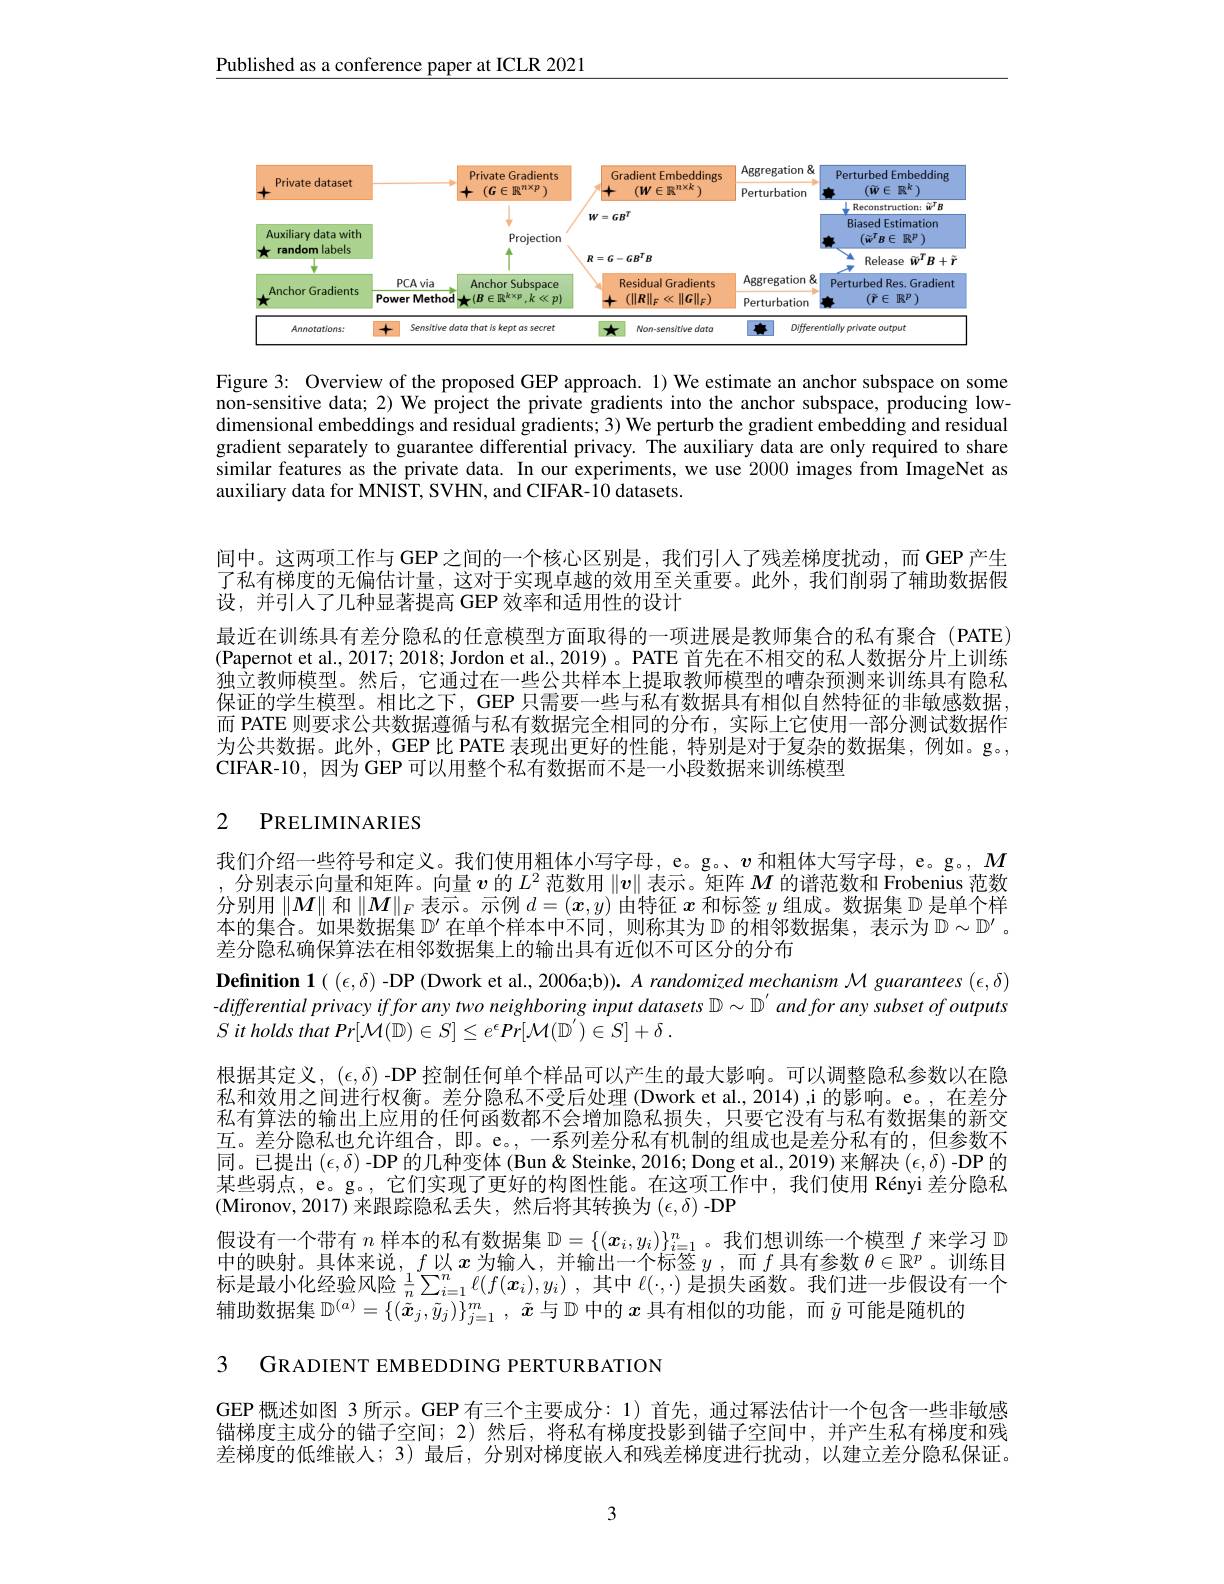
Published as a conference paper at ICLR 2021

<FigureHere>

Figure 3: Overview of the proposed GEP approach. 1) We estimate an anchor subspace on some non-sensitive data; 2) We project the private gradients into the anchor subspace, producing lowdimensional embeddings and residual gradients; 3) We perturb the gradient embedding and residual gradient separately to guarantee differential privacy. The auxiliary data are only required to share similar features as the private data. In our experiments, we use 2000 images from ImageNet as auxiliary data for MNIST, SVHN, and CIFAR-10 datasets.

间中。这两项工作与 GEP 之间的一个核心区别是，我们引人了残差梯度扰动，而 GEP 产生了私有梯度的无偏估计量，这对于实现卓越的效用至关重要。此外，我们削弱了辅助数据假设，并引人了几种显著提高 GEP 效率和适用性的设计
最近在训练具有差分隐私的任意模型方面取得的一项进展是教师集合的私有聚合(PATE) (Papernot et al., 2017; 2018; Jordon et al., 2019)。PATE 首先在不相交的私人数据分片上训练独立教师模型。然后，它通过在一些公共样本上提取教师模型的嘈杂预测来训练具有隐私保证的学生模型。相比之下，GEP 只需要一些与私有数据具有相似自然特征的非敏感数据， 而 PATE 则要求公共数据遵循与私有数据完全相同的分布，实际上它使用一部分测试数据作为公共数据。此外，GEP 比 PATE 表现出更好的性能，特别是对于复杂的数据集，例如。g。, CIFAR-10,因为 GEP 可以用整个私有数据而不是一小段数据来训练模型

# 2 PRELIMINARIES

我们介绍一些符号和定义。我们使用粗体小写字母，e。g。$v$和粗体大写字母，e。g。$M$ ,分别表示向量和矩阵。向量$v$的$L^2$范数用$\|v\|$表示。矩阵$M$的谱范数和 Frobenius 范数分别用$\left\|M\right\|$和$\left\|M\right\|_F$表示。示例$d=(\boldsymbol{x},y)$由特征$\boldsymbol{x}$和标签$y$组成。数据集$\mathbb{D}$是单个样本的集合。如果数据集$\mathbb{D}^{\prime}$在单个样本中不同，则称其为$\mathbb{D}$的相邻数据集，表示为$\mathbb{D}\sim\mathbb{D}^{\prime}$ 。差分隐私确保算法在相邻数据集上的输出具有近似不可区分的分布

Definition $\mathbf{1}((\epsilon,\delta)$ -DP (Dwork et al., 2006a;b)). A randomized mechanism M guarantees $(\epsilon,\delta)$ -differential privacy iffor any two neighboring input datasets D $\sim\mathbb{D}^\prime andfor$ any subset of outputs $S$ it holds that Pr$[ \mathcal{M} ( \mathbb{D} ) \in S] \leq e^\epsilon Pr[ \mathcal{M} ( \mathbb{D} ^{\prime }) \in S] + \delta$ .

根据其定义，$(\epsilon,\delta)$ -DP 控制任何单个样品可以产生的最大影响。可以调整隐私参数以在隐私和效用之间进行权衡。差分隐私不受后处理(Dwork et al., 2014),i 的影响。e。, 在差分私有算法的输出上应用的任何函数都不会增加隐私损失，只要它没有与私有数据集的新交互。差分隐私也允许组合，即。e。,一系列差分私有机制的组成也是差分私有的，但参数不同。已提出$(\epsilon,\delta)$ -DP 的几种变体 (Bun& Steinke, 2016; Dong et al., 2019) 来解决$(\epsilon,\delta)$ -DP 的某些弱点，e。g。,它们实现了更好的构图性能。在这项工作中，我们使用 Rényi 差分隐私(Mironov,2017)来跟踪隐私丢失，然后将其转换为$(\epsilon,\delta)$-DP
假设有一个带有$n$样本的私有数据集$\mathbb{D}=\{(\boldsymbol{x}_i,y_i)\}_{i=1}^n$。我们想训练一个模型$f$来学习$\mathbb{D}$ 中的映射。具体来说，$f$以 $x$ 为输入，并输出一个标签$y$ , 而 $f$ 具有参数 $\theta\in\mathbb{R}^p$。训练目标是最小化经验风险$\frac 1n\sum _{i= 1}^n\ell ( f( \boldsymbol{x}_i) , y_i)$ ,其中$\ell(\cdot,\cdot)$是损失函数。我们进一步假设有一个辅助数据集$\mathbb{D}^(a)=\{(\tilde{x}_j,\tilde{y}_j)\}_{j=1}^m,\tilde{x}$与$\mathbb{D}$中的$x$具有相似的功能，而$\tilde{y}$可能是随机的

3 GRADIENT EMBEDDING PERTURBATION

GEP 概述如图 3 所示。GEP 有三个主要成分：1) 首先，通过幂法估计一个包含一些非敏感锚梯度主成分的锚子空间；2)然后，将私有梯度投影到锚子空间中，并产生私有梯度和残差梯度的低维嵌人；3)最后，分别对梯度嵌人和残差梯度进行扰动，以建立差分隐私保证。

3